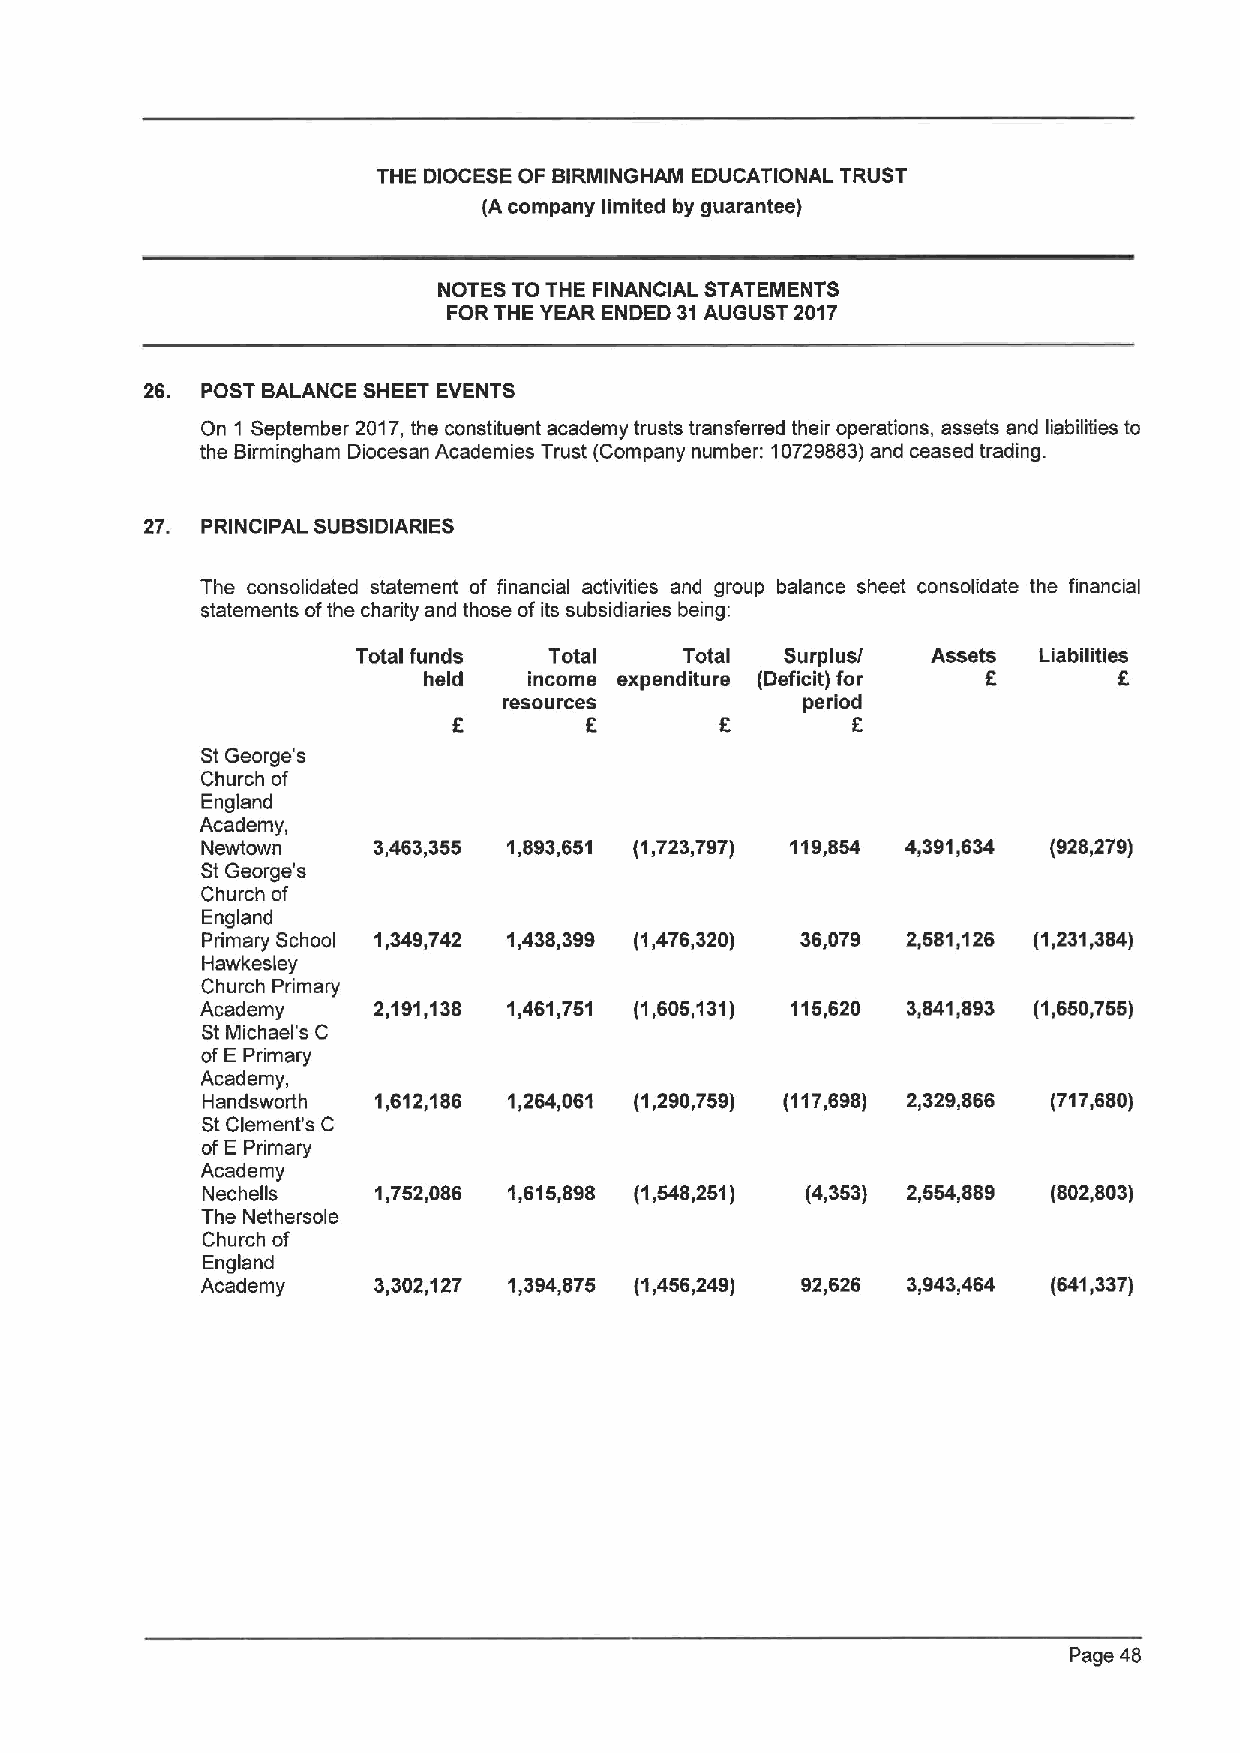
THE DIOCESE OF BIRMINGHAM EDUCATIONAL TRUST
 (A company limited by guarantee)
 NOTES TO THE FINANCIAL STATEMENTS
 FORTHE YEAR ENDED 31AUGUST 2017
 26. POST BALANCE SHEET EVENTS
 On 1 September 2017, the constituent academy trusts transferred their operations, assets and liabilities to
 the Birmingham Diocesan Academies Trust (Company number: 10729883)and ceased trading.
 27. PRINCIPAL SUBSIDIARIES
 The consolidated statement of financial activities and group balance sheet consolidate the financial
 statements ofthe charity and those ofits subsidiaries being:
 Total funds Total    Total  Surplus/  Assets Liabilities
 held   income expenditure (Deficit) for K     6
 resources           period
 5                 6
 St George' s
 Church of
 England
 Academy,
 Newtown     3,463,355 1,893,651 (1,723,797) 119,854 4,391,634 (928,279)
 St George' s
 Church of
 England
 Primary School 1,349,742 1,438,399 (1,476,320) 36,079 2,581,126 (1,231,384)
 Hawkesley
 Church Primary
 Academy     2,191,138 1,461,751 (1,605,131) 115,620 3,841,893 (1,650,755)
 St Michael's C
 ofEPrimary
 Academy,
 Handsworth  1,612,186 1,264,061 (1,290,759) (117,698) 2,329,866 (717,680)
 StClement's C
 ofEPrimary
 Academy
 Nechells    1,752,086 1,615,898 (1,548,251 ) (4,353) 2,554,889 (802,803)
 The Nethersole
 Church of
 England
 Academy     3,302,127 1,394,875 (1,456,249) 92,626 3,943,464 (641,337)
 Page 48